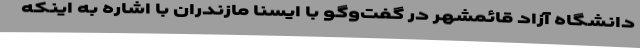
دانشگاه آزاد قائمشهر در گفت‌وگو با ایسنا مازندران با اشاره به اینکه